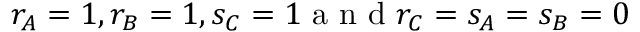
r _ { A } = 1 , r _ { B } = 1 , s _ { C } = 1 \mathrm { ~ a ~ n ~ d ~ } r _ { C } = s _ { A } = s _ { B } = 0